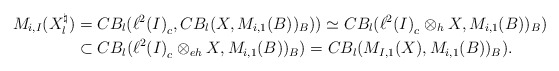
\begin{align*}M_{i,I}(X_l^\natural)&=CB_l({\ell^2(I)}_c,CB_{l}(X,M_{i,1}(B))_{B}))\simeq CB_l({\ell^2(I)}_c\otimes_h X,M_{i,1}(B))_{B})\\&\subset CB_l({\ell^2(I)}_c\otimes_{eh} X,M_{i,1}(B))_{B})=CB_l(M_{I,1}( X),M_{i,1}(B))_{B}).\end{align*}